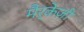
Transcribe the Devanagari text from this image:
मैर्केज़ी